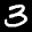
Label: 3